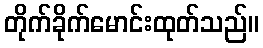
တိုက်ခိုက်မောင်းထုတ်သည်။